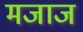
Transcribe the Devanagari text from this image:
मजाज